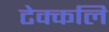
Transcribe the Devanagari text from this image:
टेक्कलि